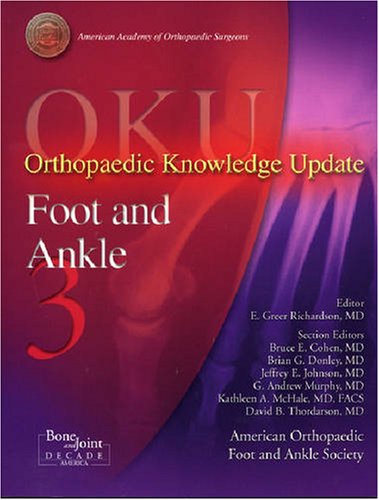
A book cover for Orthopedic Knowledge Update Foot and Ankle 3: Foot and Ankle 3 (ORTHOPEDIC KNOWLEDGE UPDATE SERIES); Medical Books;